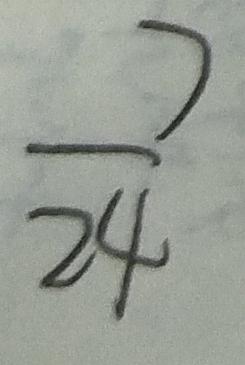
\frac { 7 } { 2 4 }